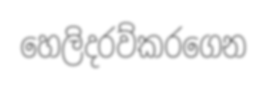
හෙලිදරව්කරගෙන